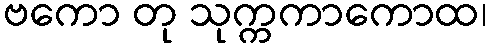
ဗကော တု သုက္ကကာကောထ၊